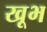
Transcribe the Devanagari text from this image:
खूभ